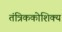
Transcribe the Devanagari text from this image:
तंत्रिककोशिक्य